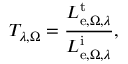
T _ { \lambda , \Omega } = { \frac { L _ { \mathrm { e } , \Omega , \lambda } ^ { \mathrm { t } } } { L _ { \mathrm { e } , \Omega , \lambda } ^ { \mathrm { i } } } } ,